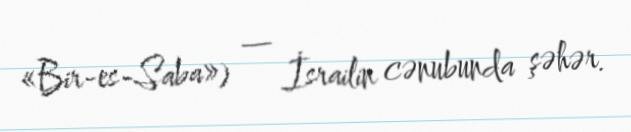
«Bir-es-Saba») — İsrailin cənubunda şəhər.